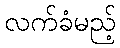
လက်ခံမည့်